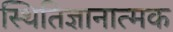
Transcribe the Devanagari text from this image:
स्थितिज्ञानात्मक